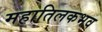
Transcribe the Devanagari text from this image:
महातिलकभव